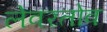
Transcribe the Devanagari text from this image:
लेवरतोव